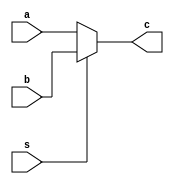
module mux2x1 (
    input a,
    input b,
    input s,
    output c
);
assign c = s ? b : a;
endmodule